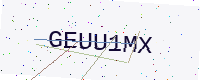
Text: GEUU1MX